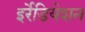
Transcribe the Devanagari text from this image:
इर्रेडियेशन